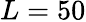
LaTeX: L=50